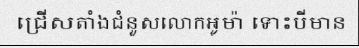
ជ្រើសតាំងជំនួសលោកអូម៉ា ទោះបីមាន